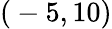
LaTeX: (\phantom{\, \! }-5,10)